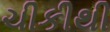
ચીકીથી